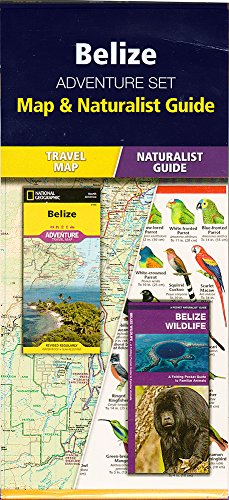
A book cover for Belize Adventure Set; Sports & Outdoors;